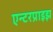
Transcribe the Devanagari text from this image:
एन्टरप्राइझ